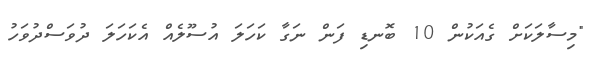
"މިސާލަކަށް ގެއަކުން 10 ބޮނޑި ފަން ނަގާ ކަހަލަ އުސޫލެއް އެކަހަލަ ދުވަސްދުވަހު